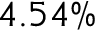
4 . 5 4 \%